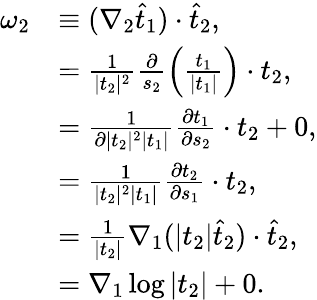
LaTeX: \begin{array}{rl}{\omega_{2}}&{\equiv(\nabla_{2}\widehat{t}_{1})\cdot\widehat{t}_{2},}\\ &{=\frac{1}{|t_{2}|^{2}}\frac{\partial}{s_{2}}\left(\frac{t_{1}}{|t_{1}|}\right)\cdot t_{2},}\\ &{=\frac{1}{\partial|t_{2}|^{2}|t_{1}|}\frac{\partial t_{1}}{\partial s_{2}}\cdot t_{2}+0,}\\ &{=\frac{1}{|t_{2}|^{2}|t_{1}|}\frac{\partial t_{2}}{\partial s_{1}}\cdot t_{2},}\\ &{=\frac{1}{|t_{2}|}\nabla_{1}(|t_{2}|\widehat{t}_{2})\cdot\widehat{t}_{2},}\\ &{=\nabla_{1}\log|t_{2}|+0.}\end{array}